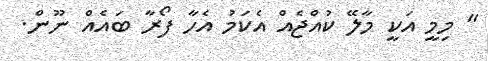
" މިމީ އަކީ މާލޭ ކުއްޖެއް އެކަމު އެހާ ފޯރާ ބައެއް ނޫން.